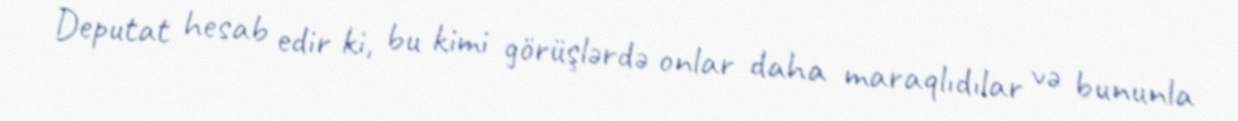
Deputat hesab edir ki, bu kimi görüşlərdə onlar daha maraqlıdılar və bununla